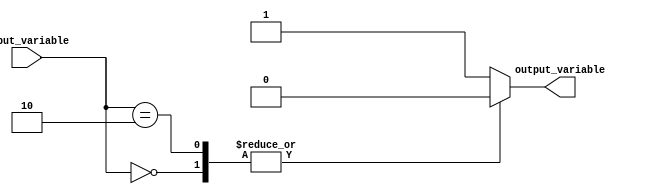
module behavioral_modeling_block (
    input wire [1:0] input_variable,
    output reg output_variable
);

initial begin
    case(input_variable)
        2'b00: output_variable = 1'b0;
        2'b01: output_variable = 1'b1;
        2'b10: output_variable = 1'b0;
        default: output_variable = 1'b1;
    endcase
end

endmodule